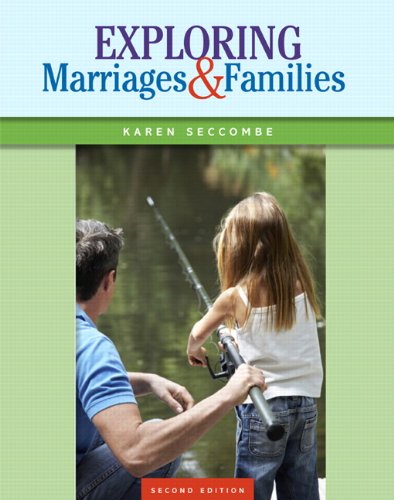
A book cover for Exploring Marriages and Families (2nd Edition); Karen T Seccombe; Politics & Social Sciences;